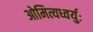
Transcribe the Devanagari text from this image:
ओमित्यध्वर्युः